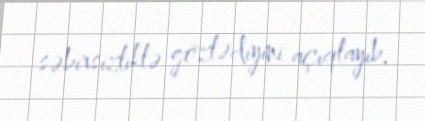
səbirsizliklə gözlədiyini açıqlayıb.